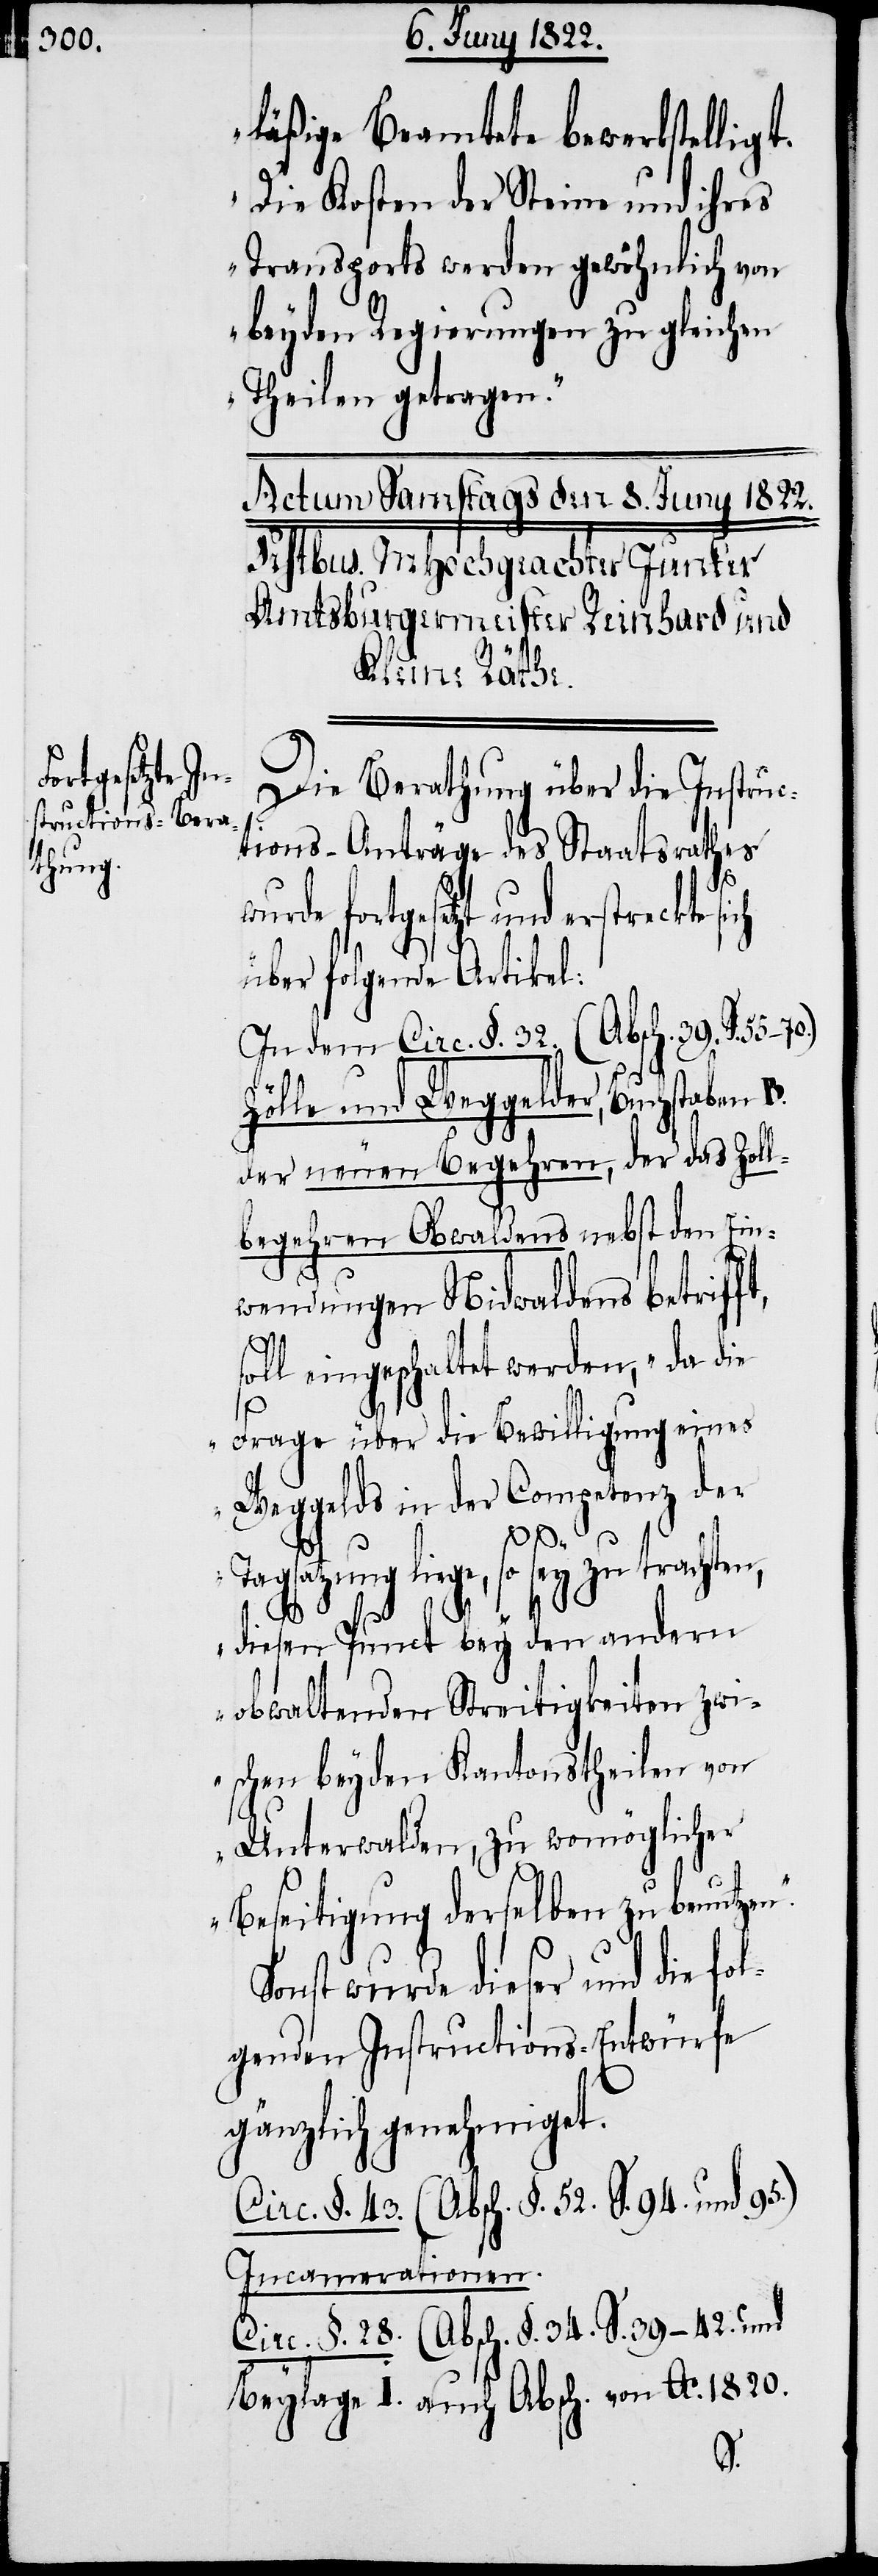
läßige Beamtete bewerkstelligt.
Die Kosten der Steine und ihres
Transports werden gewöhnlich von
beyden Regierungen zu gleiche
Theilen getragen.“
Die Berathung über die Instruc¬
tions-Anträge des Staatsrathes
rde fortgesetzt und erstreckte
über folgende Artikel:
In dem Circ. §. 32. (Absch. 39. S.
Zölle und Weggelder, Buchstaben B.
der neuen Begehren, der das Zoll¬
begehren Obwaldens nebst den Ein¬
n.“
wendungen Nidwaldens betrifft,
soll eingeschaltet werden, „da die
Frage über die Bewilligung eines
Weggelds in der Competenz der
Tagsatzung liege, so sey zu trachten,
diesen Punct bey den andern
obwaltenden Streitigkeiten zwi¬
schen beyden Kantonstheilen von
Unterwalden, zu womöglicher
Beseitigung derselben zu benutze¬
Sonst wurde dieser und die fol¬
genden Instructions-Entwürfe
gänzlich genehmiget.
Circ. §. 43. (Absch. S. 94. und 95.)
Incamerationen.
Circ. §. 28. (Absch. §. 34. S. 39–42. und
Beylage I. auch Absch. von Ao. 1820.